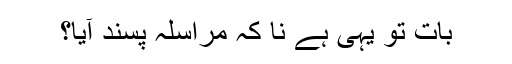
بات تو یہی ہے نا کہ مراسلہ پسند آیا؟